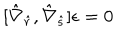
[ \hat { \nabla } _ { \hat { r } } , \hat { \nabla } _ { \hat { s } } ] \epsilon = 0